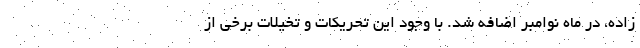
زاده، در ماه نوامبر اضافه شد. با وجود این تحریکات و تخیلات برخی از